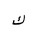
Letter: _kaf